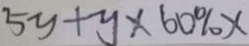
5 y + y \times 6 0 \% x